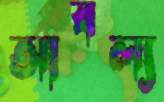
আবল্য